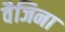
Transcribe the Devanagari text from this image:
वैजिना